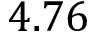
4 . 7 6